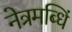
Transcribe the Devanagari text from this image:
नेत्रमब्धिं